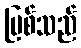
မြစ်သည်